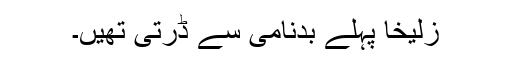
زُلیخا پہلے بدنامی سے ڈرتی تھیں۔